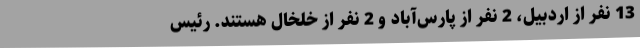
13 نفر از اردبیل، 2 نفر از پارس‌آباد و 2 نفر از خلخال هستند. رئیس